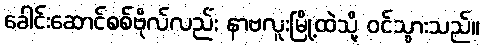
ခေါင်းဆောင်စစ်ဗိုလ်လည်း နာဗလူးမြို့ထဲသို့ ဝင်သွားသည်။